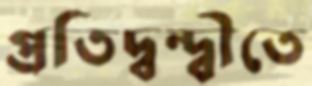
প্রতিদ্বন্দ্বীতে